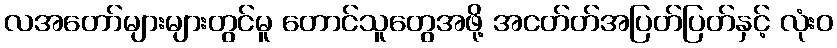
လအတော်များများတွင်မူ တောင်သူတွေအဖို့ အငတ်တ်အပြတ်ပြတ်နှင့် လုံးဝ